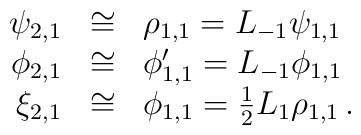
\begin{array}{rcl}\psi_{2,1} &\cong& \rho_{1,1} = L_{-1} \psi_{1,1} \\\phi_{2,1} &\cong& \phi'_{1,1} = L_{-1} \phi_{1,1} \\\xi_{2,1} &\cong& \phi_{1,1} = \frac{1}{2} L_{1} \rho_{1,1}\,.\end{array}